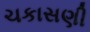
ચકાસણી